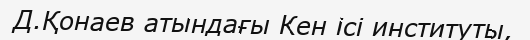
Д.Қонаев атындағы Кен ісі институты,